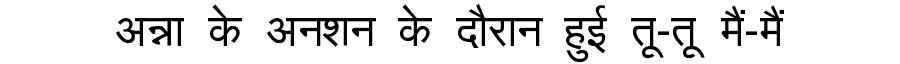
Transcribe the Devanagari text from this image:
अन्ना के अनशन के दौरान हुई तू-तू मैं-मैं